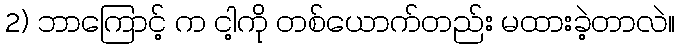
2) ဘာကြောင့် က ငါ့ကို တစ်ယောက်တည်း မထားခဲ့တာလဲ။